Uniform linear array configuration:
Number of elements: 4
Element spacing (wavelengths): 1
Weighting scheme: kaiser
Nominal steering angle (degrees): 15
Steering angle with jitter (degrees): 15.893
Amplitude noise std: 0.05
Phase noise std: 0.05

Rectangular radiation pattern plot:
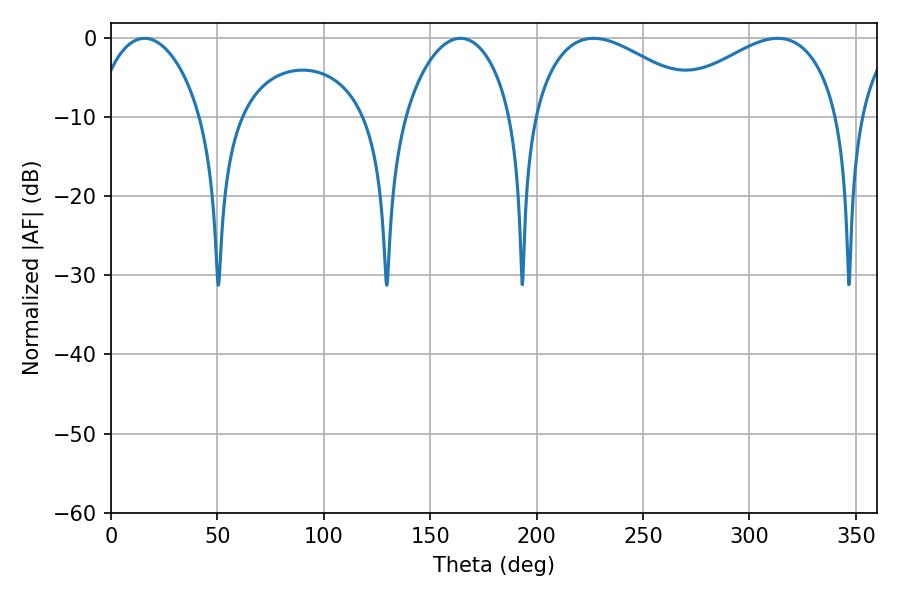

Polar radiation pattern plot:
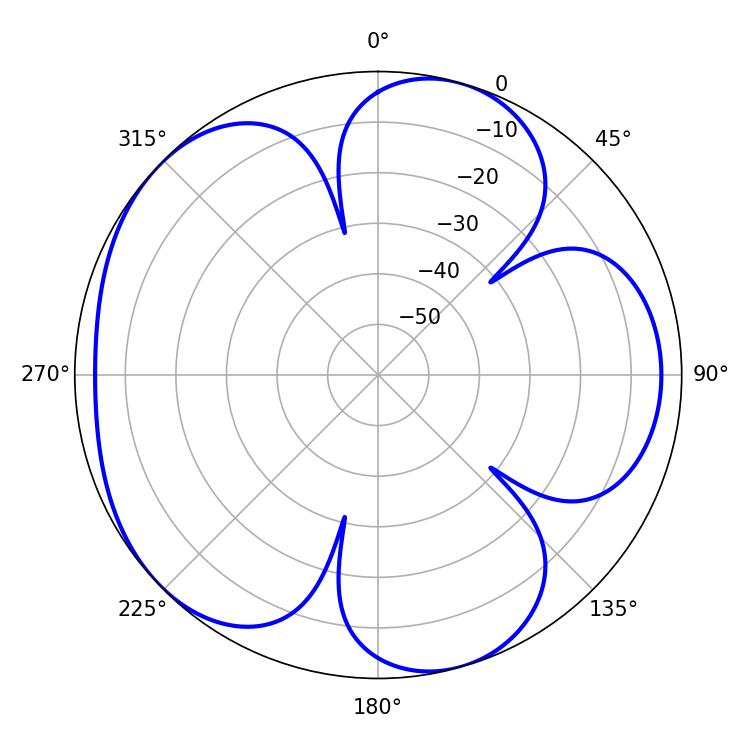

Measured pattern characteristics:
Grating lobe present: TRUE
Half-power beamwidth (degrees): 45.54
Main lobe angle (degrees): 226.8